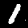
Digit: 1